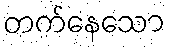
တက်နေသော